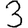
Digit: 3